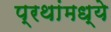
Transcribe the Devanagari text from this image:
प्रथांमध्ये